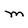
Character: M